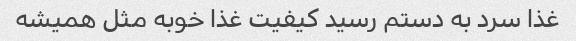
غذا سرد به دستم رسید کیفیت غذا خوبه مثل همیشه